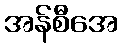
အန်စီအေ